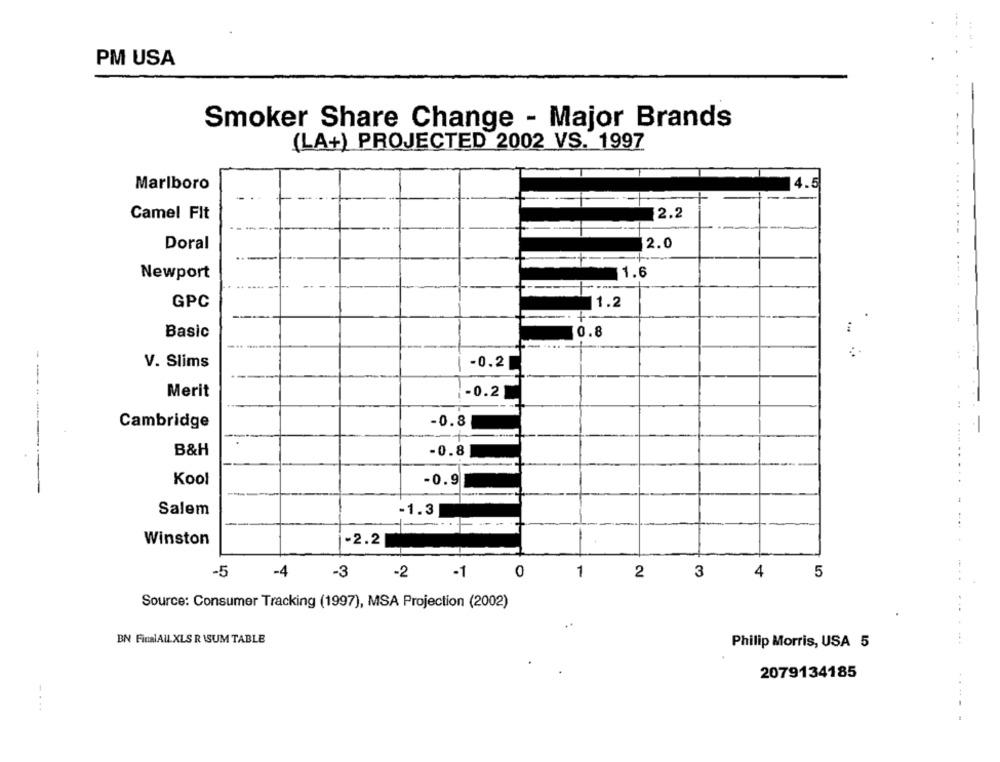
.
---
PM USA
Smoker Share Change - Major Brands
(LA+) PROJECTED 2002 VS. 1997
Marlboro
12.2
Camel Fit
Doral
12.0
.....
Newport
1.6
GPC
1.2
Basic
0.8
...
V. Slims
-0.2
Merit
-0.2
---
Cambridge
-0.8
------
B&H
-0.8|
Kool
-0.9
Salem
-1.3
Winston
-2.2|
-5
-4
-3
-2
-1
0
1
2
3
4
5
Source: Consumer Tracking (1997), MSA Projection (2002)
BN FinalALL XLS R ISUM TABLE
Philip Morris, USA 5
2079134185
-- .